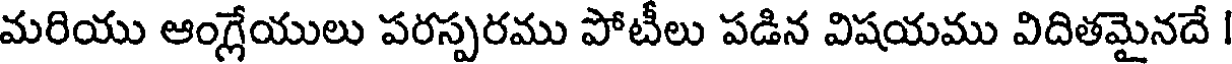
మరియు ఆంగ్లేయులు పరస్పరము పోటీలు పడిన విషయము విదితమైనదే